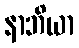
နာဘိယာ